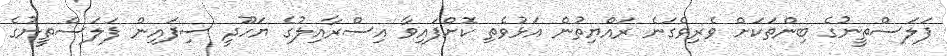
ފަލަސްތީނުގެ ބިންތަކަށް ވެރިވެގަނެ ރައްޔިތުން އަޅުވެތި ކޮށްފައިވާ އިސްރާއިލުގެ ޔަހޫދީ ސިފައިން ފަލަސްތީނުގެ